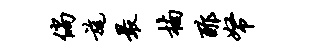
倘旄最楠酢帑